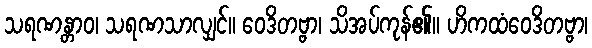
သရဏန္တာဝ၊ သရဏသာလျှင်။ ဝေဒိတဗ္ဗာ၊ သိအပ်ကုန်၏။ ဟိကထံဝေဒိတဗ္ဗာ၊